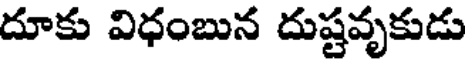
దూకు విధంబున దుష్టవృకుడు